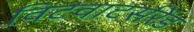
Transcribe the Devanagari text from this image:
विटवाटर्सरेंड